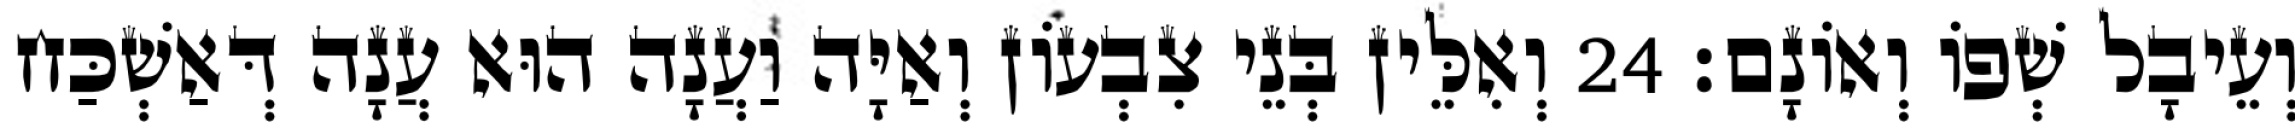
וְעֵיבָל שְׁפוֹ וְאוֹנָם׃ 24 וְאִלֵּין בְּנֵי צִבְעוֹן וְאַיָּה וַעֲנָה הוּא עֲנָה דְּאַשְׁכַּח